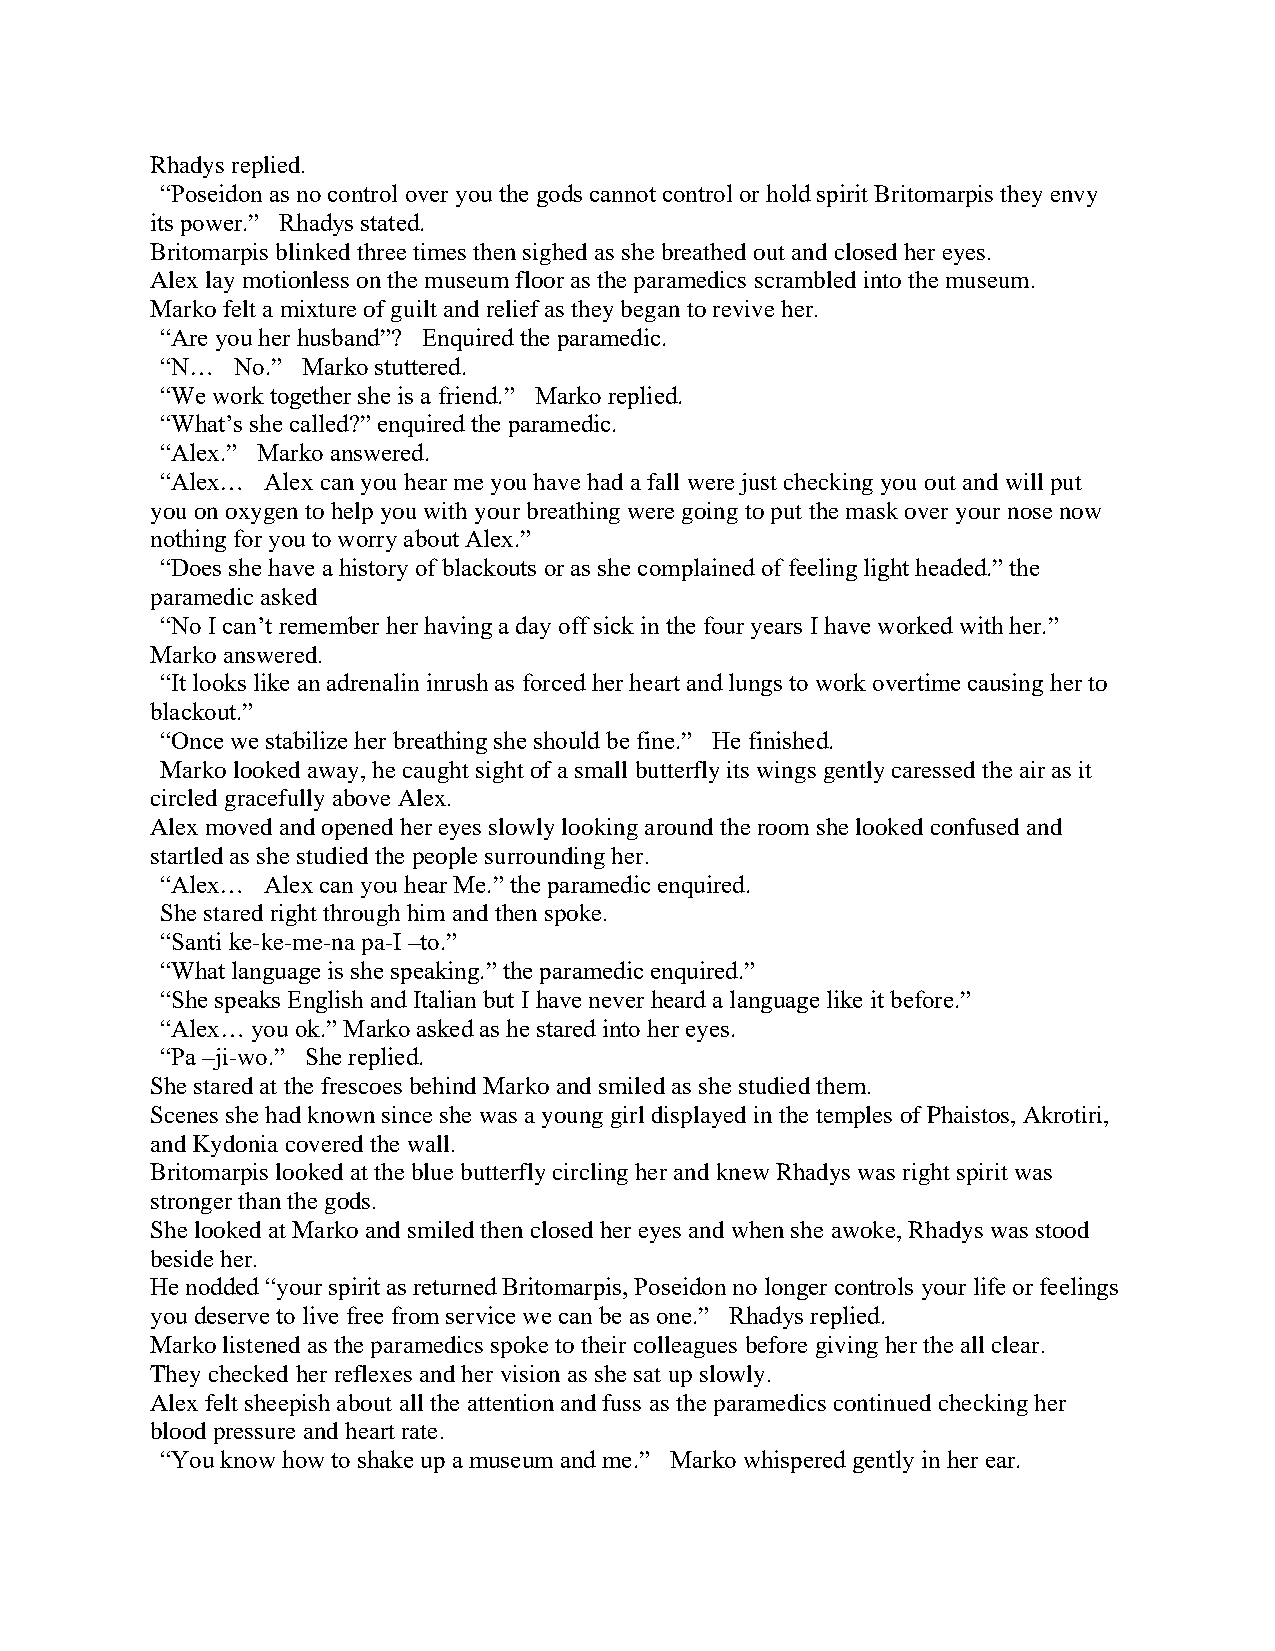
Rhadys replied.
 “Poseidon as no control over you the gods cannot control or hold spirit Britomarpis they envy
 its power.” Rhadys stated.
 Britomarpis blinked three times then sighed as she breathed out and closed her eyes.
 Alex lay motionless on the museum floor as the paramedics scrambled into the museum.
 Marko felt a mixture of guilt and relief as they began to revive her.
 “Are you her husband”? Enquired the paramedic.
 “N… No.” Marko stuttered.
 “We work together she is a friend.” Marko replied.
 “What’s she called?” enquired the paramedic.
 “Alex.” Marko answered.
 “Alex… Alex can you hear me you have had a fall were just checking you out and will put
 you on oxygen to help you with your breathing were going to put the mask over your nose now
 nothing for you to worry about Alex.”
 “Does she have a history of blackouts or as she complained of feeling light headed.” the
 paramedic asked
 “No I can’t remember her having a day off sick in the four years I have worked with her.”
 Marko answered.
 “It looks like an adrenalin inrush as forced her heart and lungs to work overtime causing her to
 blackout.”
 “Once we stabilize her breathing she should be fine.” He finished.
 Marko looked away, he caught sight of a small butterfly its wings gently caressed the air as it
 circled gracefully above Alex.
 Alex moved and opened her eyes slowly looking around the room she looked confused and
 startled as she studied the people surrounding her.
 “Alex… Alex can you hear Me.” the paramedic enquired.
 She stared right through him and then spoke.
 “Santi ke-ke-me-na pa-I –to.”
 “What language is she speaking.” the paramedic enquired.”
 “She speaks English and Italian but I have never heard a language like it before.”
 “Alex… you ok.” Marko asked as he stared into her eyes.
 “Pa –ji-wo.” She replied.
 She stared at the frescoes behind Marko and smiled as she studied them.
 Scenes she had known since she was a young girl displayed in the temples of Phaistos, Akrotiri,
 and Kydonia covered the wall.
 Britomarpis looked at the blue butterfly circling her and knew Rhadys was right spirit was
 stronger than the gods.
 She looked at Marko and smiled then closed her eyes and when she awoke, Rhadys was stood
 beside her.
 He nodded “your spirit as returned Britomarpis, Poseidon no longer controls your life or feelings
 you deserve to live free from service we can be as one.” Rhadys replied.
 Marko listened as the paramedics spoke to their colleagues before giving her the all clear.
 They checked her reflexes and her vision as she sat up slowly.
 Alex felt sheepish about all the attention and fuss as the paramedics continued checking her
 blood pressure and heart rate.
 “You know how to shake up a museum and me.” Marko whispered gently in her ear.